Punjab Mental Hospital Lahore 1922-31 - 1922-1931
Year: 1922
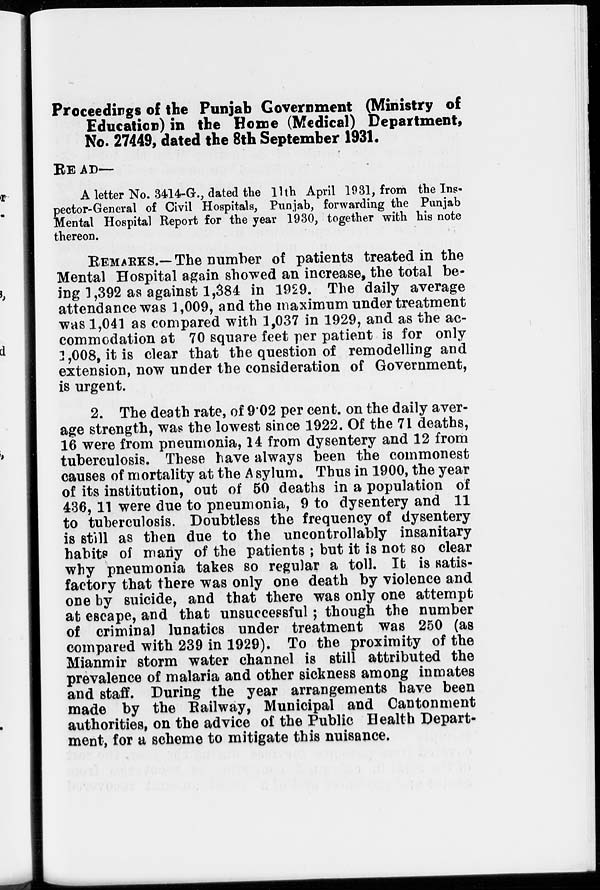
Proceedings of the Punjab Government (Ministry of
Education) in the Home (Medical) Department,
No. 27449, dated the 8th September 1931.
READ—
A letter No. 3414-G., dated the 11th April 1931, from the Ins-
pector-General of Civil Hospitals, Punjab, forwarding the Punjab
Mental Hospital Report for the year 1930, together with his note
thereon.
REMARKS.— The number of patients treated in the
Mental Hospital again showed an increase, the total be-
ing 1,392 as against 1,384 in 1929. The daily average
attendance was 1,009, and the maximum under treatment
was 1,041 as compared with 1,037 in 1929, and as the ac-
commodation at 70 square feet per patient is for only
1,008, it is clear that the question of remodelling and
extension, now under the consideration of Government,
is urgent.
2. The death rate, of 9.02 per cent. on the daily aver-
age strength, was the lowest since 1922. Of the 71 deaths,
16 were from pneumonia, 14 from dysentery and 12 from
tuberculosis. These have always been the commonest
causes of mortality at the A sylum. Thus in 1900, the year
of its institution, out of 50 deaths in a population of
436, 11 were due to pneumonia, 9 to dysentery and 11
to tuberculosis. Doubtless the frequency of dysentery
is still as then due to the uncontrollably insanitary
habits of many of the patients ; but it is not so clear
why pneumonia takes so regular a toll. It is satis-
factory that there was only one death by violence and
one by suicide, and that there was only one attempt
at escape, and that unsuccessful; though the number
of criminal lunatics under treatment was 250 (as
compared with 239 in 1929). To the proximity of the
Mianmir storm water channel is still attributed the
prevalence of malaria and other sickness among inmates
and staff. During the year arrangements have been
made by the Railway, Municipal and Cantonment
authorities, on the advice of the Public Health Depart-
ment, for a scheme to mitigate this nuisance.